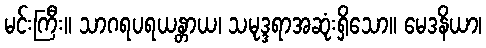
မင်းကြီး။ သာဂရပရယန္တာယ၊ သမုဒ္ဒရာအဆုံးရှိသော။ မေဒနိယာ၊